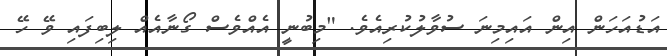
އަޑުއަހަން އިން އައިމިނަ ސުވާލުކުރިއެވެ. "މިބުނީ އެއްވެސް ގޯނާއެއް ލިބިފައި ވޭ ހޭ